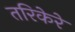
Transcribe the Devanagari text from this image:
तरिकेरे